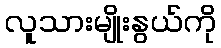
လူသားမျိုးနွယ်ကို